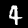
Label: 4